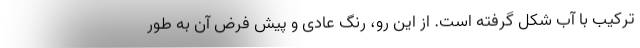
ترکیب با آب شکل گرفته است. از این رو، رنگ عادی و پیش فرض آن به طور